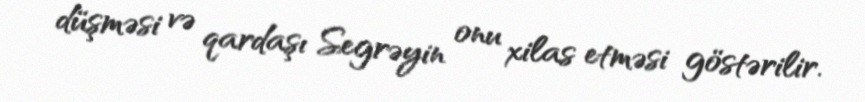
düşməsi və qardaşı Segrəyin onu xilas etməsi göstərilir.